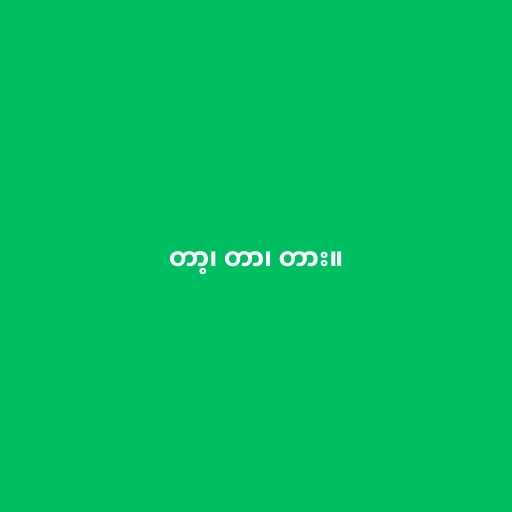
တာ့၊ တာ၊ တား။